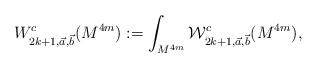
LaTeX: \begin{align*}W^c_{2k+1, \vec a, \vec b}(M^{4m}):=\int_{M^{4m}} \mathcal{W}^c_{2k+1, \vec a, \vec b}(M^{4m}),\end{align*}